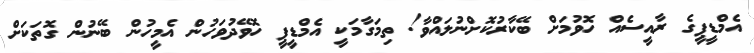
އެމްޑީޕީގެ ރާއީސެއް ހޮވުމަށް ބޭކާރުކޮށްނުލައްވާ! ތިމަގާމަކީ އެމްޑީޕީ ހޮވޭދުވަހުން އެމީހުން ބޭނުން ގޮތަކަށް